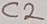
Text: C2